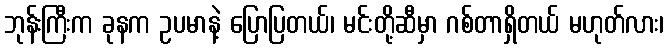
ဘုန်းကြီးက ခုနက ဥပမာနဲ့ ပြောပြတယ်၊ မင်းတို့ဆီမှာ ဂစ်တာရှိတယ် မဟုတ်လား၊